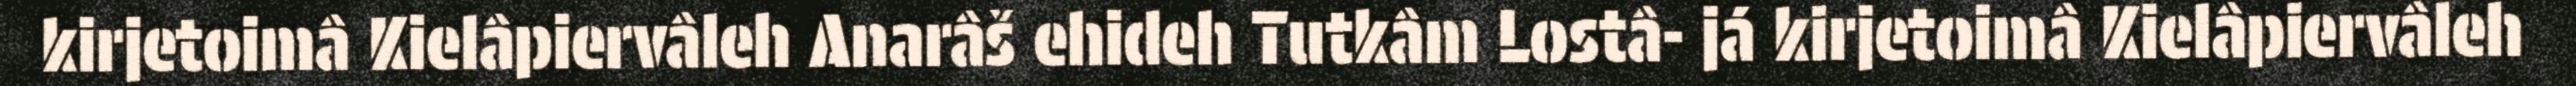
kirjetoimâ Kielâpiervâleh Anarâš ehideh Tutkâm Lostâ- já kirjetoimâ Kielâpiervâleh